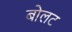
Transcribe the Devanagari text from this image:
बोलट